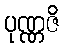
ပုဏ္ဏဇိ